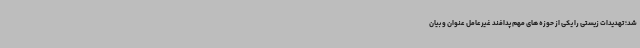
شد؛ تهدیدات زیستی را یکی از حوزه های مهم پدافند غیرعامل عنوان و بیان